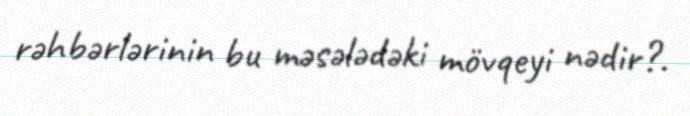
rəhbərlərinin bu məsələdəki mövqeyi nədir?.